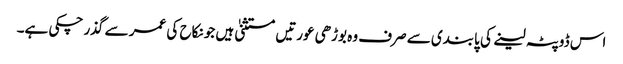
اس ڈوپٹہ لینے کی پابندی سے صرف وہ بوڑھی عورتیں مستثنیٰ ہیں جو نکاح کی عمر سے گذر چکی ہے۔